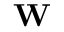
\textrm { \textbf { W } }